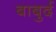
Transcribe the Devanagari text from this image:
बाबुर्द